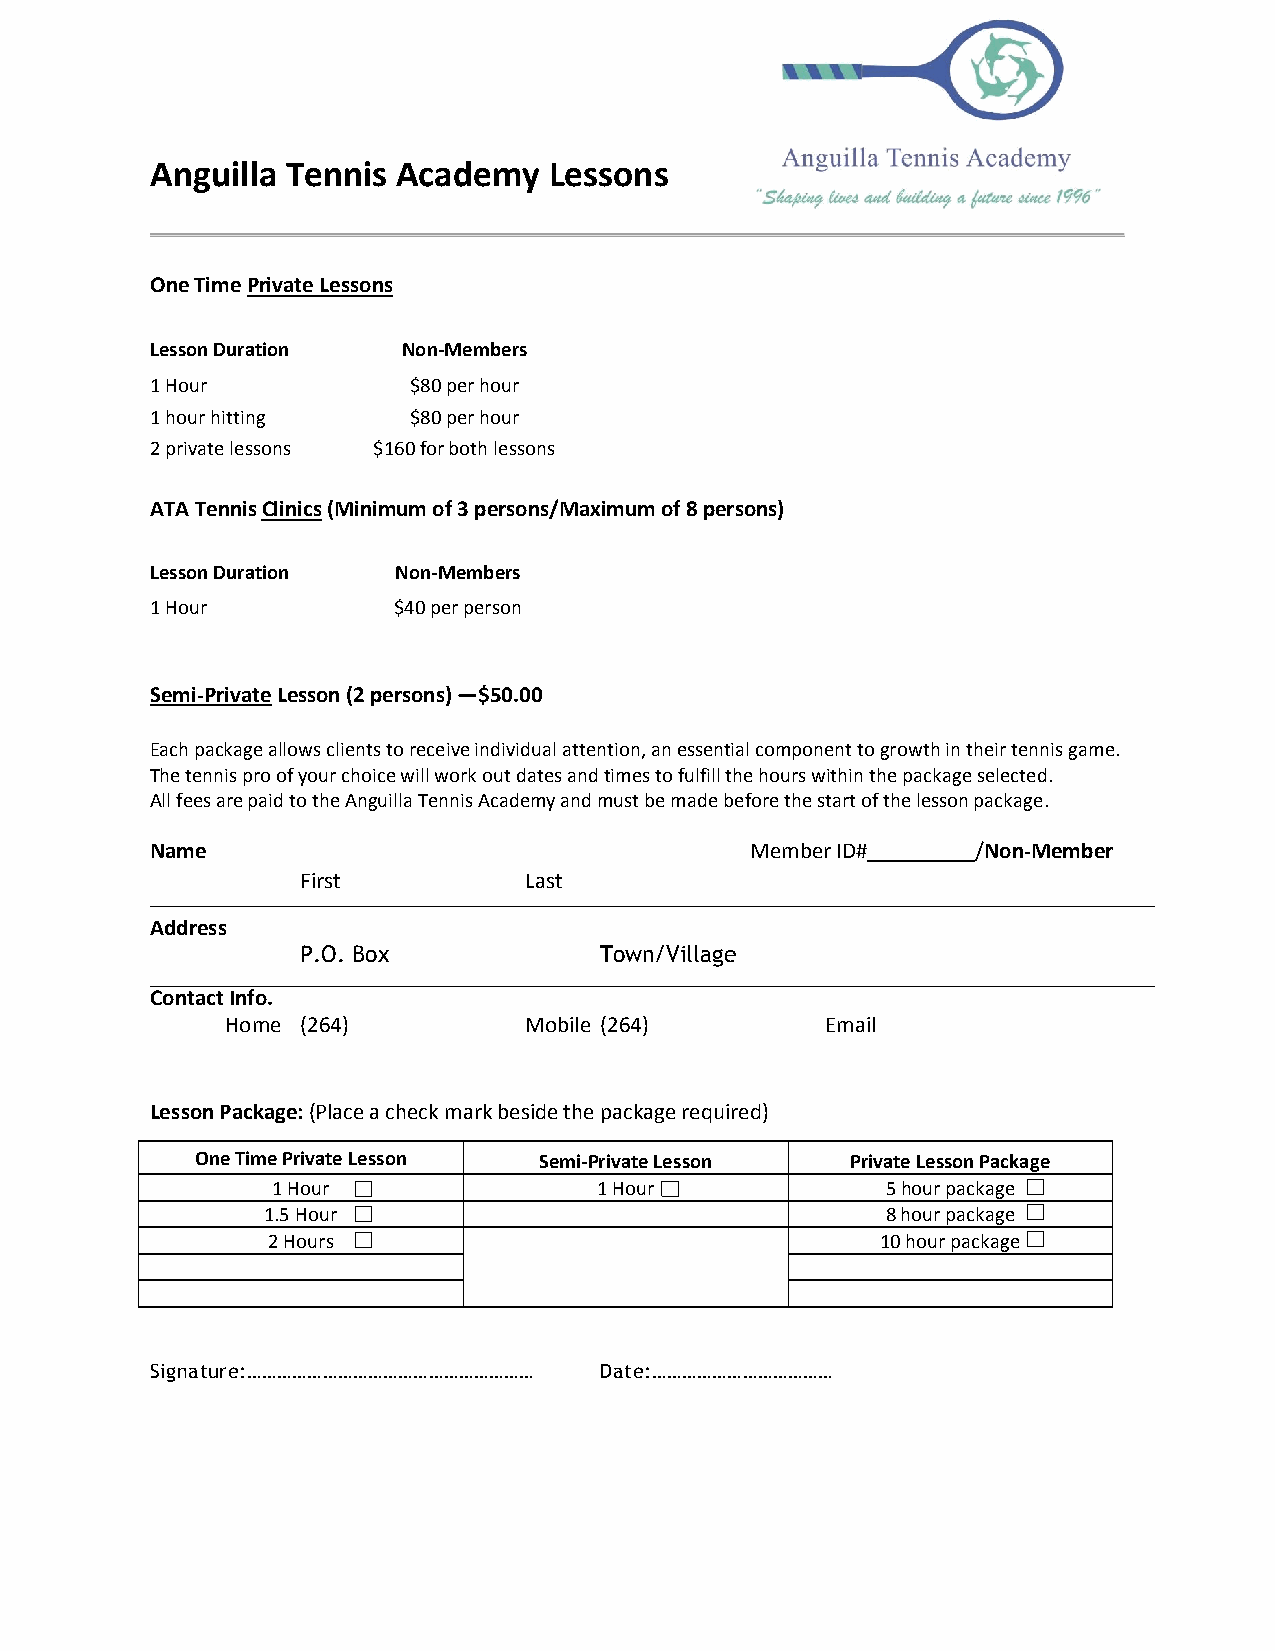
Anguilla Tennis Academy   Lessons
 One Time Private Lessons
 Lesson Duration  Non-Members
 1 Hour           $80 per hour
 1 hour hitting   $80 per hour
 2 private lessons $160 for both lessons
 ATA Tennis Clinics (Minimum of 3 persons/Maximum of 8 persons)
 Lesson Duration Non-Members
 1 Hour          $40 per person
 Semi-Private Lesson (2 persons) —$50.00
 Each package allows clients to receive individual attention, an essential component to growth in their tennis game.
 The tennis pro of your choice will work out dates and times to fulfill the hours within the package selected.
 All fees are paid to the Anguilla Tennis Academy and must be made before the start of the lesson package.
 Name                                    Member ID#     /Non-Member
 First          Last
 Address
 P.O. Box            Town/Village
 Contact Info.
 Home (264)          Mobile (264)        Email
 Lesson Package: (Place a check mark beside the package required)
 One Time Private Lesson Semi-Private Lesson Private Lesson Package
 1 Hour                1 Hour             5 hour package
 1.5 Hour                                  8 hour package
 2 Hours                                 10 hour package
 Signature:………………………………………………… Date:………………………………